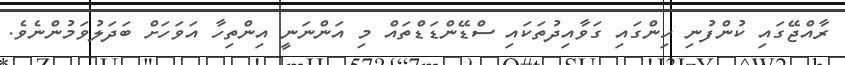
ރާއްޖޭގައި ކުންފުނި ހިންގައި ގަވާއިދުތަކައި ސްޑޭންޑަޑްތައް މި އަންނަނީ އިންތިހާ އަވަހަށް ބަދަލުވަމުންނެވެ.